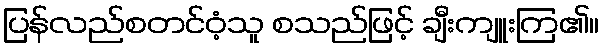
ပြန်လည်စတင်ဝံ့သူ စသည်ဖြင့် ချီးကျူးကြ၏။